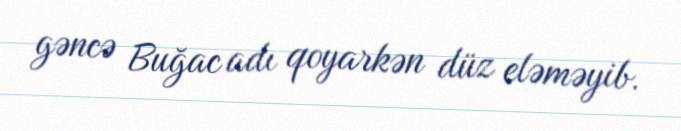
gəncə Buğac adı qoyarkən düz eləməyib.